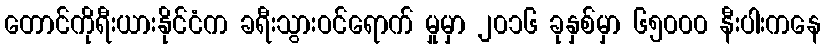
တောင်ကိုရီးယားနိုင်ငံက ခရီးသွားဝင်ရောက် မှုမှာ ၂၀၁၆ ခုနှစ်မှာ ၆၅၀၀၀ နီးပါးကနေ